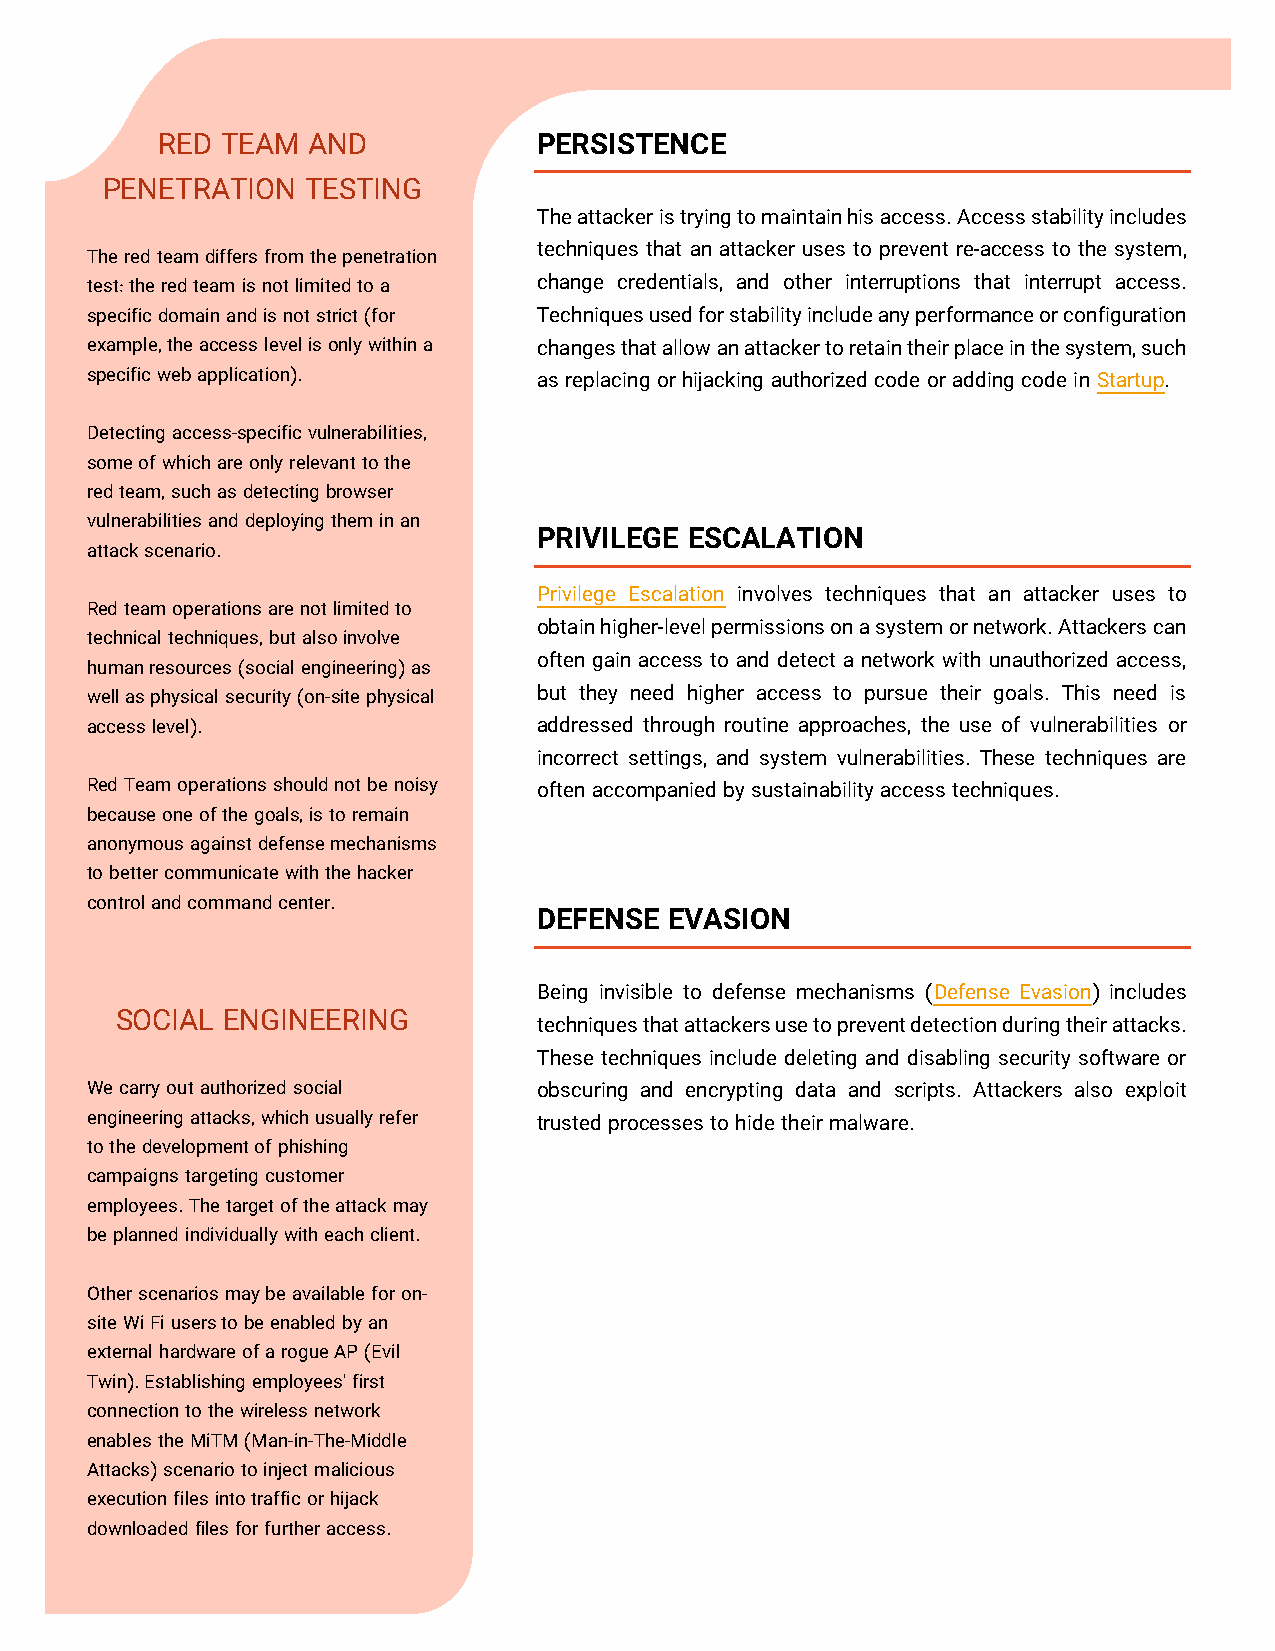
RED  TEAM AND             PERSISTENCE
 PENETRATION  TESTING
 The attacker is trying to maintain his access. Access stability includes
 techniques that an attacker uses to prevent re-access to the system,
 The red team differs from the penetration
 test: the red team is not limited to a change credentials, and other interruptions that interrupt access.
 specific domain and is not strict (for Techniques used for stability include any performance or configuration
 example, the access level is only within a changes that allow an attacker to retain their place in the system, such
 specific web application).    as replacing or hijacking authorized code or adding code in Startup.
 Detecting access-specific vulnerabilities,
 some of which are only relevant to the
 red team, such as detecting browser
 vulnerabilities and deploying them in an
 PRIVILEGE ESCALATION
 attack scenario.
 Privilege Escalation involves techniques that an attacker uses to
 Red team operations are not limited to
 obtain higher-level permissions on a system or network. Attackers can
 technical techniques, but also involve
 often gain access to and detect a network with unauthorized access,
 human resources (social engineering) as
 well as physical security (on-site physical but they need higher access to pursue their goals. This need is
 access level).                addressed through routine approaches, the use of vulnerabilities or
 incorrect settings, and system vulnerabilities. These techniques are
 Red Team operations should not be noisy often accompanied by sustainability access techniques.
 because one of the goals, is to remain
 anonymous against defense mechanisms
 to better communicate with the hacker
 control and command center.
 DEFENSE EVASION
 Being invisible to defense mechanisms (Defense Evasion) includes
 SOCIAL ENGINEERING          techniques that attackers use to prevent detection during their attacks.
 These techniques include deleting and disabling security software or
 We carry out authorized social obscuring and encrypting data and scripts. Attackers also exploit
 engineering attacks, which usually refer trusted processes to hide their malware.
 to the development of phishing
 campaigns targeting customer
 employees. The target of the attack may
 be planned individually with each client.
 Other scenarios may be available for on-
 site Wi Fi users to be enabled by an
 external hardware of a rogue AP (Evil
 Twin). Establishing employees' first
 connection to the wireless network
 enables the MiTM (Man-in-The-Middle
 Attacks) scenario to inject malicious
 execution files into traffic or hijack
 downloaded files for further access.